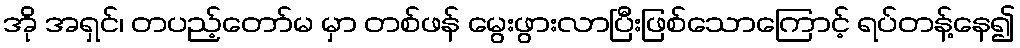
အို အရှင်၊ တပည့်တော်မ မှာ တစ်ဖန် မွေးဖွားလာပြီးဖြစ်သောကြောင့် ရပ်တန့်နေ၍